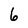
Character: 6